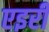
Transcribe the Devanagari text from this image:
एइरी